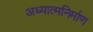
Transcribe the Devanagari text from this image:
अध्यात्मनिर्माण